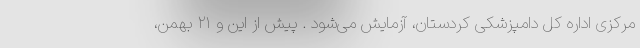
مرکزی اداره کل دامپزشکی کردستان، آزمایش می‌شود . پیش از این و ۲۱ بهمن،